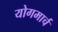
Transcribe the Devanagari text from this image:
योगमार्च